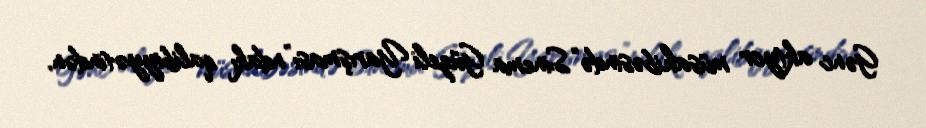
Gənc aktyor müsahibəsində “Sinema Güzeli Yarışması”ndakı qalibiyyətindən,